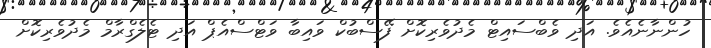
ހުންނާނެއެވެ. އަދި ވެބްސައިޓް މެދުވެރިކޮށް ފޭސްބުކް ވައިބާ ވަޓްސްއެޕް އަދި ޓެލެގްރާމް މެދުވެރިކޮށް